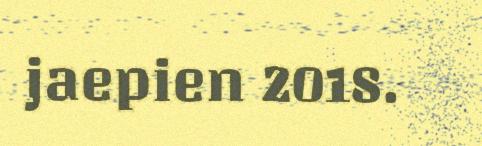
jaepien 2018.